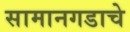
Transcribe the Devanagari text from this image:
सामानगडाचे